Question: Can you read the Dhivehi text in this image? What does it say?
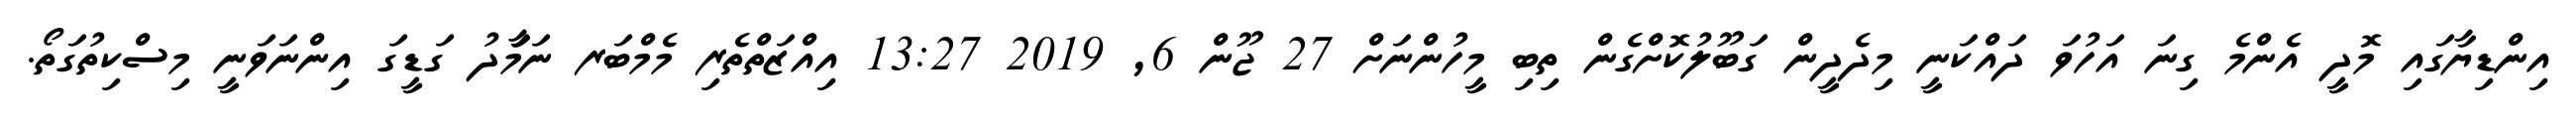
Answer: އިންޑިޔާގައި މޮދީ އެންމެ ގިނަ އަހުވަ ދައްކަނީ މިދެދީން ގަބޫލުކޮށްގެން ތިބި މީހުންނަށް 27 ޖޫން 6, 2019 13:27 އިއްޒަތްތެރި މެމްބަރ ނަމަާދު ގަޑީގަ އިންނަވަނީ މިސްކިތުގަތޯ.